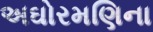
અઘોરમણિના